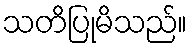
သတိပြုမိသည်။